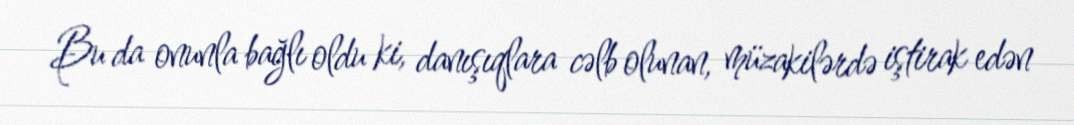
Bu da onunla bağlı oldu ki, danışıqlara cəlb olunan, müzakilərdə iştirak edən